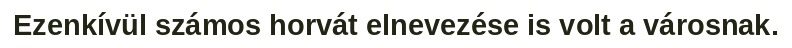
Ezenkívül számos horvát elnevezése is volt a városnak.